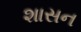
શાસન